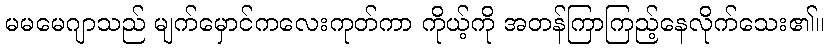
မမမေဂျာသည် မျက်မှောင်ကလေးကုတ်ကာ ကိုယ့်ကို အတန်ကြာကြည့်နေလိုက်သေး၏။